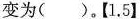
变为()。【1.5】